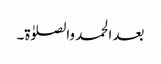
بعد الحمد والصلوٰۃ۔